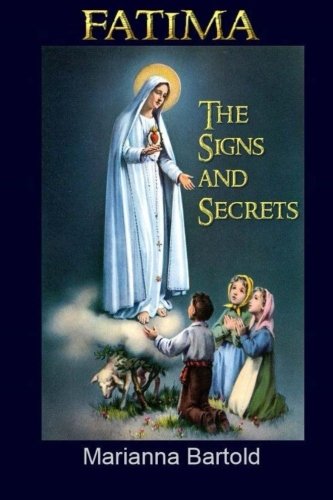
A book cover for Fatima: The Signs and Secrets; Marianna Bartold; Christian Books & Bibles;